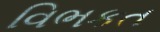
વિભકત